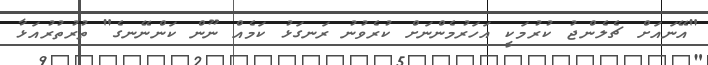
"އޭނައަށް ޗެލެންޖު ކުރުމަކީ އަހަރުމެންނަށް ކުރެވުނު ރަނގަޅު ކަމެއް ނޫން ކަންނޭނގެ" ތުރުތުރުއަޅާ